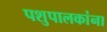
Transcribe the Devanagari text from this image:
पशुपालकांना